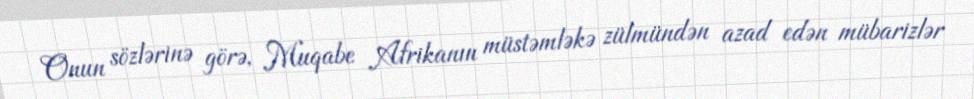
Onun sözlərinə görə, Muqabe Afrikanın müstəmləkə zülmündən azad edən mübarizlər